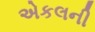
એકલની